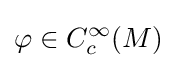
\varphi \in C_{c}^{\infty }(M)